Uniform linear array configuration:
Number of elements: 48
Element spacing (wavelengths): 1
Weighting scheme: exponential
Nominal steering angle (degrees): -30
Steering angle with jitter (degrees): -28.463
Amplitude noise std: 0.05
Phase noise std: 0.05

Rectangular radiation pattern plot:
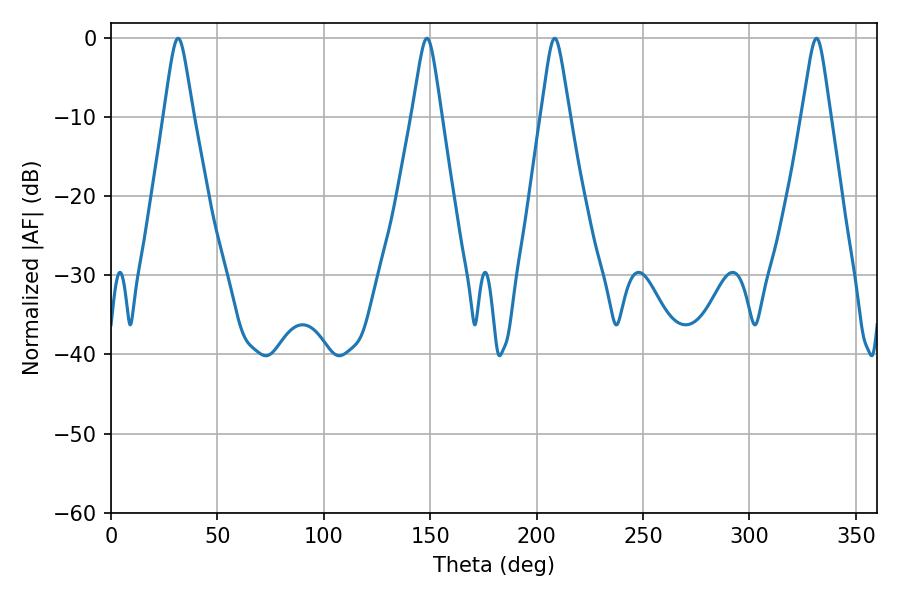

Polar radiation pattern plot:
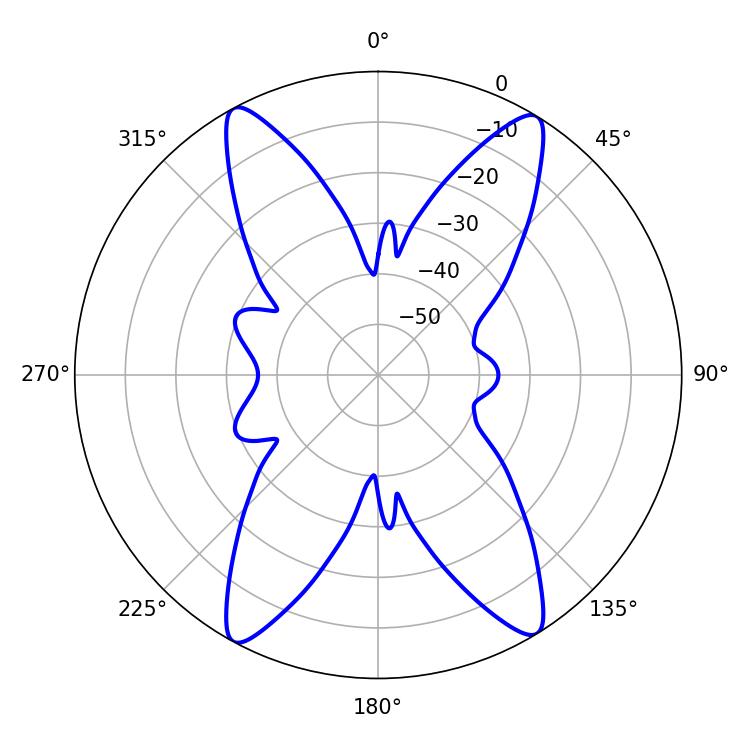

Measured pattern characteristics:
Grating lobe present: TRUE
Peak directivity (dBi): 20.918
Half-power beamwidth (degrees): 6.66
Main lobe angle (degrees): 31.5